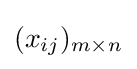
(x_{ij})_{m\times n}